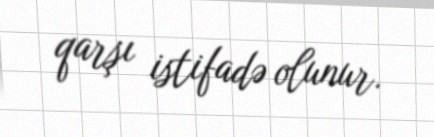
qarşı istifadə olunur.